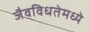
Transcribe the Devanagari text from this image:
जैवविधतेमध्ये